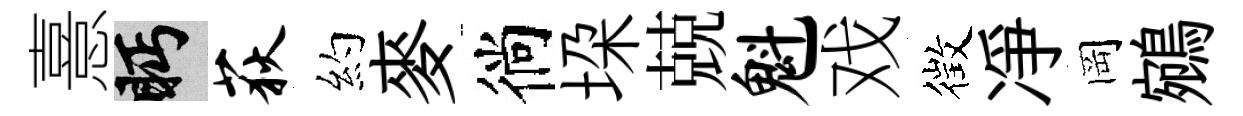
憙眄荻約麥徜垜兢魁戏徴凈岡鵷